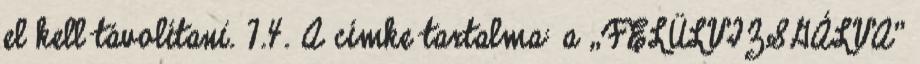
el kell távolítani. 7.4. A címke tartalma: a „FELÜLVIZSGÁLVA”